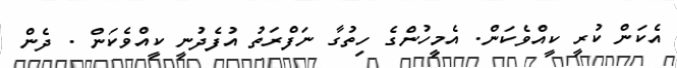
އެކަން ކުރީ ކީއްވެކަން. އެމީހުންގެ ހިތުގާ ނަފްރަތު އުފެދުނީ ކީއްވެކަން . ދެން